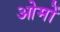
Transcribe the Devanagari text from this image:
ओमों